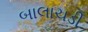
બાલાચડી